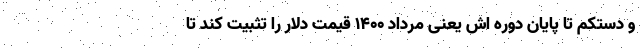
و دستکم تا پایان دوره اش یعنی مرداد 1400 قیمت دلار را تثبیت کند تا